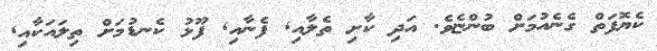
ކެޔޮފަތް ގެނެއުމަށް ބުންޏެވެ. އަދި ކާށި ތެލާއި